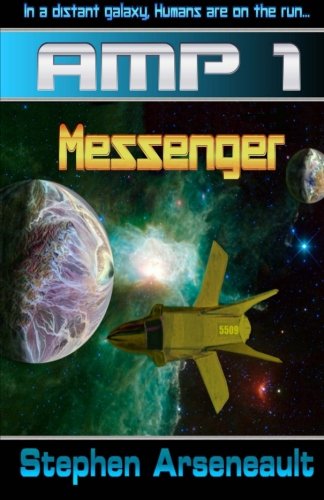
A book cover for AMP Messenger; Stephen Arseneault; Science Fiction & Fantasy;